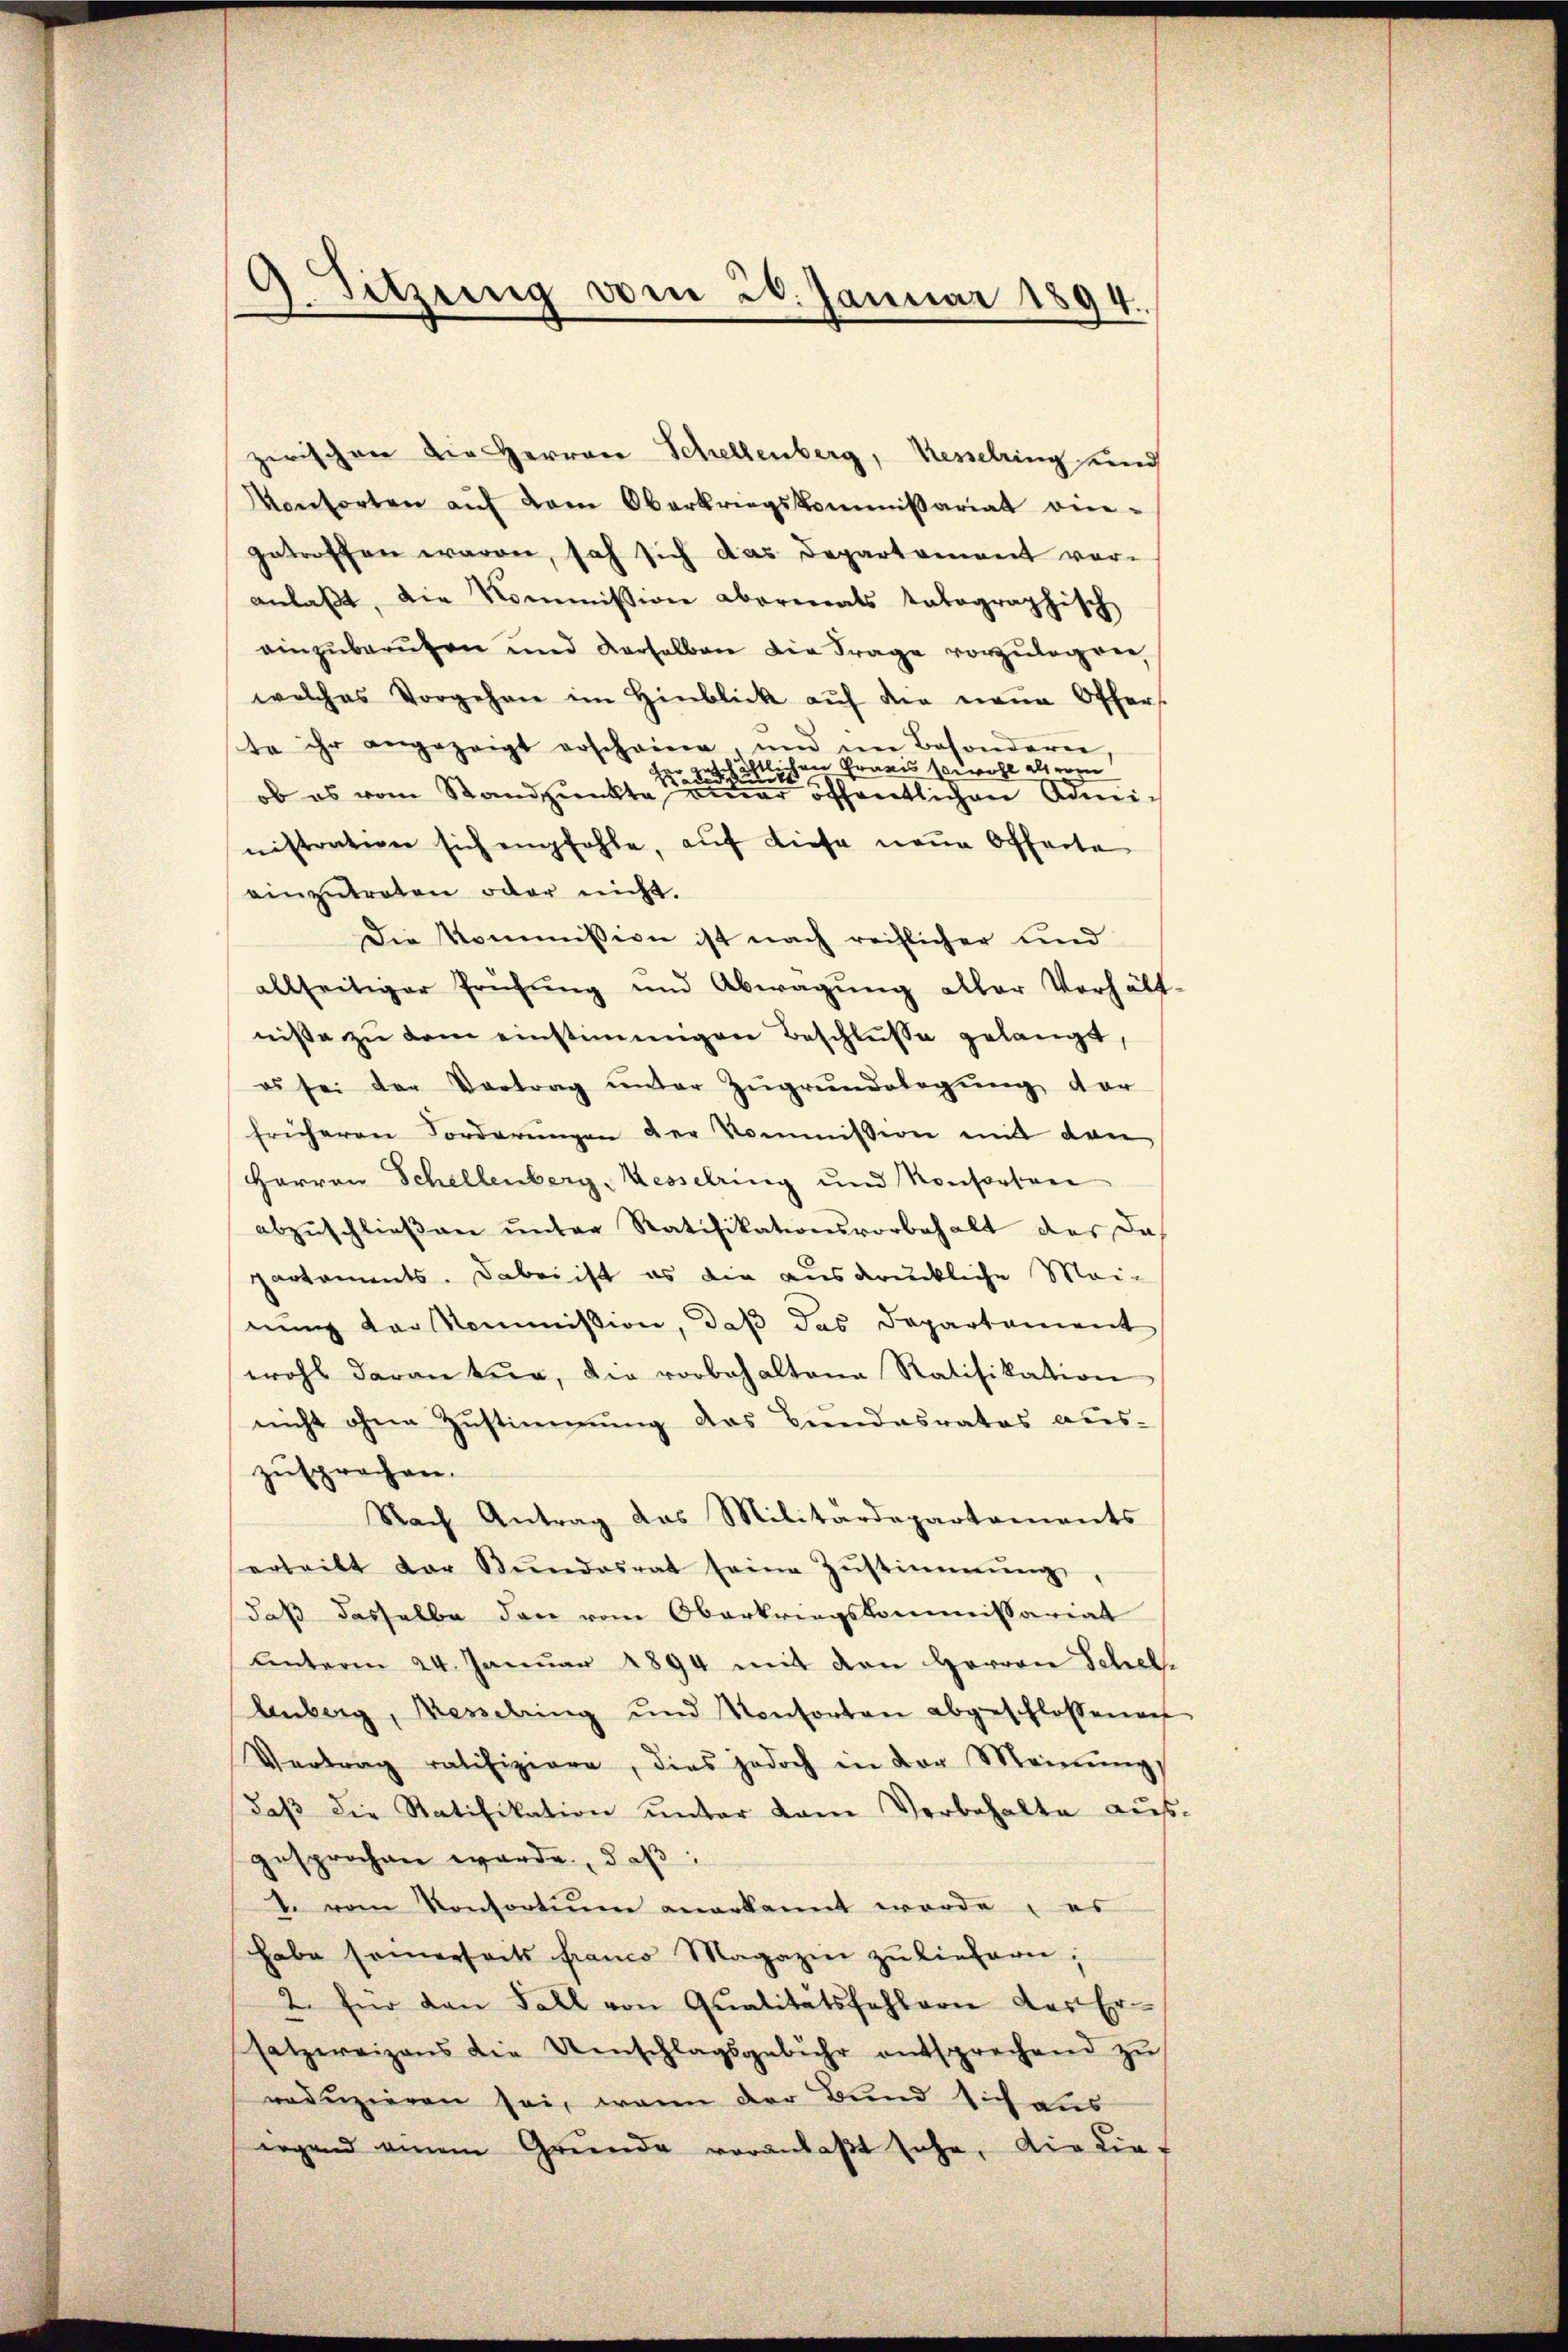
4. Sitzung vom 20. Januar 1894.

zwischen die Herren Schellenberg, Kesselring und
Konsorten aŭf dem Oberkriegskommissariat ein-
getroffen waren, sah sich das Departement vor-
anlaßt, die Kommission abermals totographisch
einzuberuten und derselben die Frage vorzulegen,
welches Vorgehen im Hinblick aŭf die neŭe Offers.
te ihr angezeigt erscheine, und im Besonderen,
her geschaftlichen Gravis sowohl als eren
de
ob es vom Standpunkte z
 öffentlichen Administration sich empfohle, aŭf diese neue Offerte
einzutreten oder nicht.
Die Kommission ist nach reiflicher und
allseitiger Prüfung und Abwägung aller Verhält
niße zu dem einstimmigen Beschluße gelangt,
es sei der Vortrag ŭnter Zŭgrŭndelegŭng der
früheren Forderungen der Kommission mit den
Harron Schellenberg, Kesselring und Konsorten
abzŭschlieβen ŭnter Ratifikationsvorbehalt der das
partaments. Dabei ist es die ausdrückliche Mai-
nung der Kommission, daß das Departament
wohl daran tur, die vorbehaltene Ratifikation
nicht ohne Zustimmung des Bundesrates aus-
zusprochen.
Nach Antrag das Militärdepartaments
erteilt der Bŭndesrat seine Zŭstimmung,
daß dasselbe dann vom Oberkriegskommissariat
unterm 24. Januar 1894 mit den Herren Schel¬
Aeberg, Verebung und Konsorten abgeschlossenen
Vertrag ratifiziere, dies jedoch in der Meinŭng,
daß die Ratifikation unter dem Vorbehalte ausgesprochen werde, daß:
2. vom Konsortium anerkannt werde; es
habe samerseits franco Magazin zu liefern;
2. für den Fall von Qualitätsfehlerne das Ersatzwaizens die Umschlagsgebühr entsprechend zŭ
reduzieren sei, wenn der Bund sich aus
irgend einem Grŭnde veranlaβt sehe, die die f